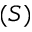
( S )